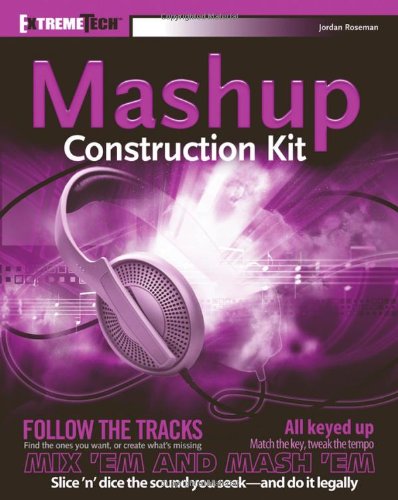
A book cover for Audio Mashup Construction Kit: ExtremeTech; Jordan Roseman; Computers & Technology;